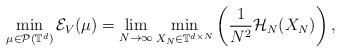
LaTeX: \begin{align*} \min_{\mu \in \mathcal{P}(\mathbb{T}^{d})} \mathcal{E}_{V} (\mu) = \lim_{N \to \infty} \min_{X_{N} \in \mathbb{T}^{d \times N}} \left( \frac{1}{N^{2}} \mathcal{H}_{N}(X_{N}) \right), \end{align*}